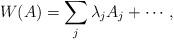
LaTeX: \begin{align*}W(A) = \sum_{j}\lambda_j A_j + \cdots,\end{align*}